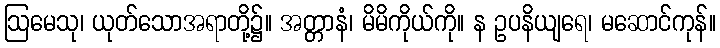
ဩမေသု၊ ယုတ်သောအရာတို့၌။ အတ္တာနံ၊ မိမိကိုယ်ကို။ န ဥပနိယျရေ၊ မဆောင်ကုန်။